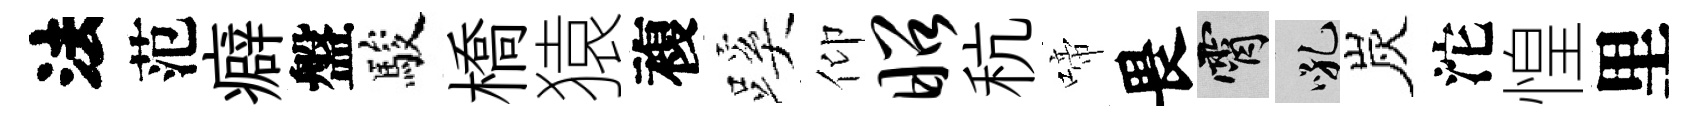
法范癖盤駿橋猿複蹊仰昭秔啼畏霄吼炭沱惶里